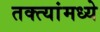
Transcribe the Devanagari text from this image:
तक्त्यांमध्ये